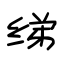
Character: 绨